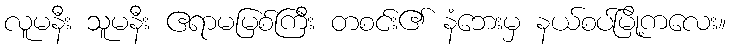
လူမနီး သူမနီး ဧရာမမြစ်ကြီး တစင်း၏ နံဘေးမှ နယ်စပ်မြို့ကလေး။